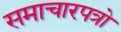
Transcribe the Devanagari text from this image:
समाचारपत्रो